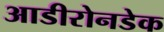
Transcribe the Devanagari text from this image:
आडीरोनडेक